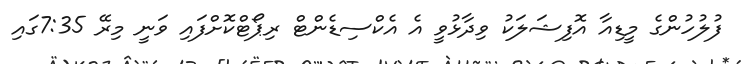
ފުލުހުންގެ މީޑިއާ އޮފިޝަލަކު ވިދާޅުވީ އެ އެކްސިޑެންޓް ރިޕޯޓްކޮށްފައި ވަނީ މިރޭ 7:35ގައި